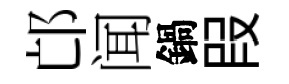
邙闻鍋叚